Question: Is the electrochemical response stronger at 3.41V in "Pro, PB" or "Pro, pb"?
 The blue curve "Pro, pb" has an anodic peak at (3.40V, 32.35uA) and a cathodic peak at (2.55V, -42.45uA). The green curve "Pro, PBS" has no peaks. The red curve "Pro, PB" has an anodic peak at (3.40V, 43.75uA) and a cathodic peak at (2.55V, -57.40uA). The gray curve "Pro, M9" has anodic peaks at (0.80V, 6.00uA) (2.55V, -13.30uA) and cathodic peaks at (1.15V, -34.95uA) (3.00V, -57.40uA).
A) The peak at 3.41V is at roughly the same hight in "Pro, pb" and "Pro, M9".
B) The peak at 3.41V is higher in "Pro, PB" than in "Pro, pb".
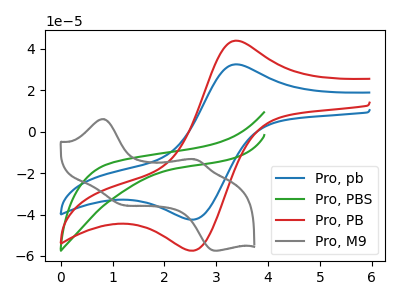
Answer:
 <answer>B) The peak at 3.41V is higher in "Pro, PB" than in "Pro, pb".</answer>
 <eval>B</eval>